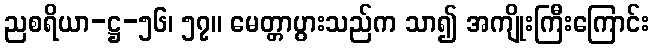
ညစရိယာ-ဋ္ဌ-၅၆၊ ၅၇။ မေတ္တာပွားသည်က သာ၍ အကျိုးကြီးကြောင်း